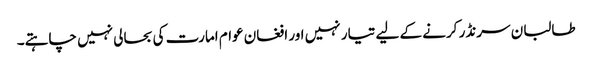
طالبان سرنڈر کرنے کے لیے تیار نہیں اور افغان عوام امارت کی بحالی نہیں چاہتے۔